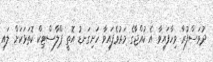
ދުވަސްފުރާ ވިހާފައިވާ އެ ކުއްޖާގެ މަރުވެފައިވާ ހަށިގަނޑު އޮތީ ޕްލާސްޓިކް ކޮތަޅަކަށް ލައި